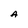
Character: A